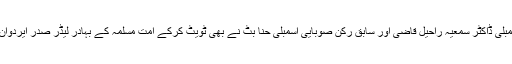
سابق رکن قومی اسمبلی ڈاکٹر سمعیہ راحیل قاضی اور سابق رکن صوبایی اسمبلی حنا بٹ نے بھی ٹویٹ کرکے امت مسلمہ کے بہادر لیڈر صدر ایردوان کو مبارک باد دی۔